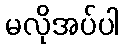
မလိုအပ်ပါ